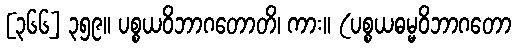
[၃၆၆] ၃၅၉။ ပစ္စယဝိဘာဂတောတိ၊ ကား။ (ပစ္စယဓမ္မဝိဘာဂတော